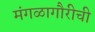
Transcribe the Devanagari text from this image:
मंगळागौरीची